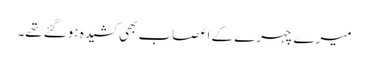
میرے چہرے کے اعصاب بھی کشیدہ ہوگئے تھے۔